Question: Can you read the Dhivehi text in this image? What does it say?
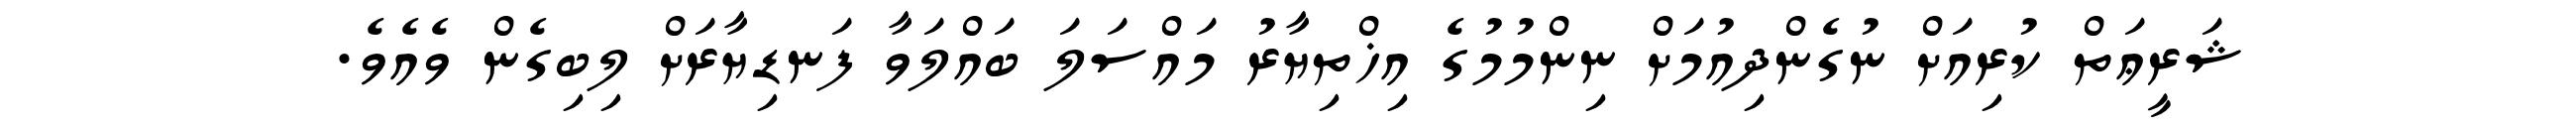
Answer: ޝަރީޢަތް ކުރިއަށް ނުގެންދިއުމަށް ނިންމުމުގެ އިޚްތިޔާރު މައްސަލަ ބައްލަވާ ފަނޑިޔާރަށް ލިބިގެން ވެއެވެ.